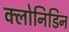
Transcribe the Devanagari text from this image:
क्लोनिडिन